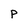
Character: P